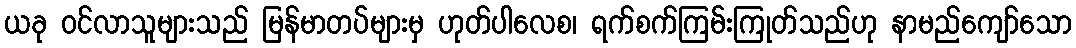
ယခု ဝင်လာသူများသည် မြန်မာတပ်များမှ ဟုတ်ပါလေစ၊ ရက်စက်ကြမ်းကြုတ်သည်ဟု နာမည်ကျော်သော